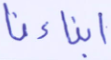
أبناءنا